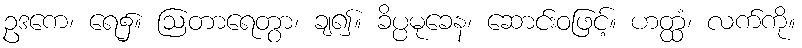
ဥဒကေ၊ ရေ၌။ ဩတာရေတွာ၊ ချ၍။ ခိပ္ပမုခေန၊ ဆောင်းဝဖြင့်။ ဟတ္ထံ၊ လက်ကို။